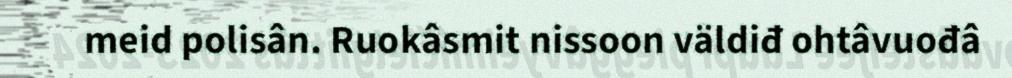
meid polisân. Ruokâsmit nissoon väldiđ ohtâvuođâ